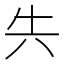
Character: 𭁆